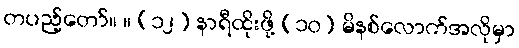
တပည့်တော်။ ။ (၁၂) နာရီထိုးဖို့ (၁၀) မိနစ်လောက်အလိုမှာ